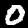
Digit: 0